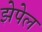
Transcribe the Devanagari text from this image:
झेपेल